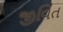
જીવિત